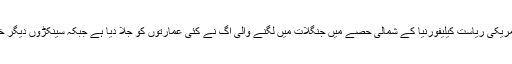
25 جون2018ء) امریکی ریاست کیلیفورنیا کے شمالی حصے میں جنگلات میں لگنے والی آگ نے کئی عمارتوں کو جلا دیا ہے جبکہ سینکڑوں دیگر خطرات کا شکار ہیں۔